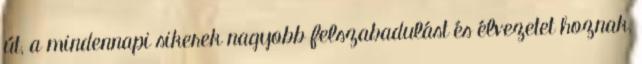
út, a mindennapi sikerek nagyobb felszabadulást és élvezetet hoznak,